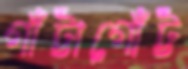
গাঁট্টাগোঁট্ট